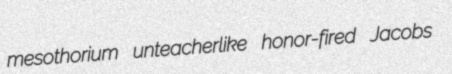
mesothorium unteacherlike honor-fired Jacobs